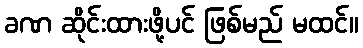
ခဏ ဆိုင်းထားဖို့ပင် ဖြစ်မည် မထင်။